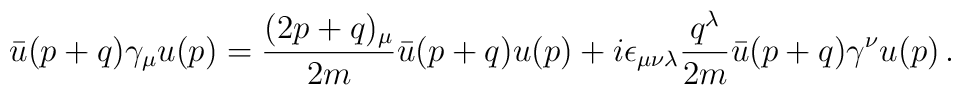
\bar{u}(p+q) \gamma_{\mu} u(p)=\frac{(2p+q)_{\mu}}{2m} \bar{u} (p+q)u(p) +i \epsilon_{\mu \nu \lambda} \frac{q^{\lambda}}{2m} \bar{u}(p+q)\gamma^{\nu} u(p) \, .